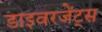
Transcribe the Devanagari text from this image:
डाइवरजेंट्स